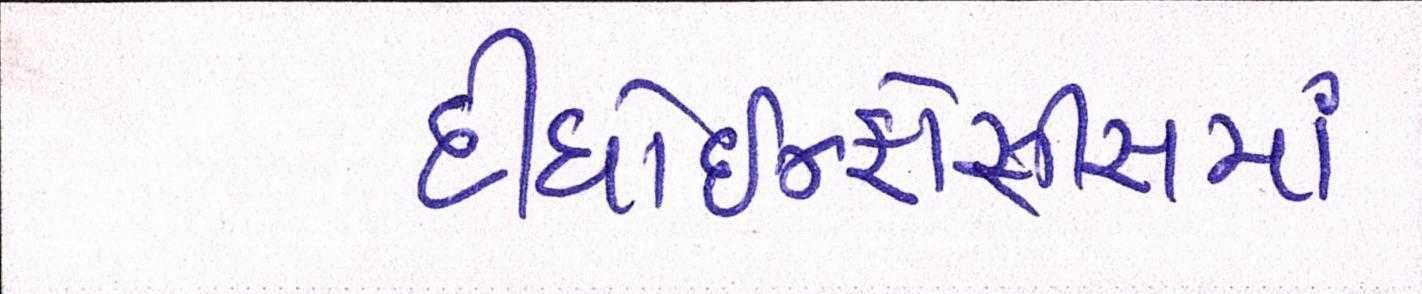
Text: દીધોઇન્ફોસીસમાં